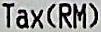
TAX(RM)